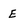
Character: E